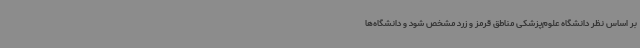
بر اساس نظر دانشگاه علوم‌پزشکی مناطق قرمز و زرد مشخص شود و دانشگاه‌ها